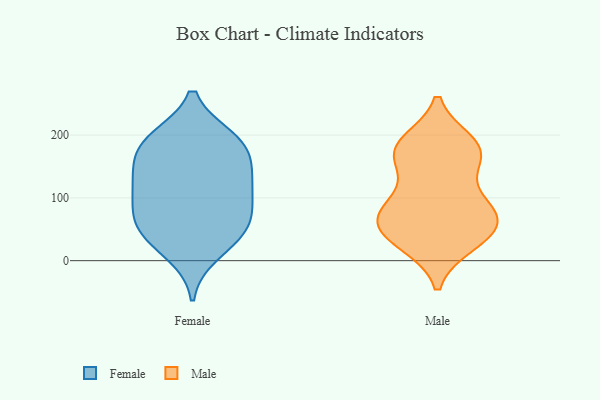
{"axis": {"x": "Production Output", "y": "Value"}, "legend": ["Female", "Male"], "data": [{"x": "", "y": 190, "type": "Female"}, {"x": "", "y": 130, "type": "Female"}, {"x": "", "y": 124, "type": "Female"}, {"x": "", "y": 12, "type": "Female"}, {"x": "", "y": 66, "type": "Female"}, {"x": "", "y": 154, "type": "Female"}, {"x": "", "y": 194, "type": "Female"}, {"x": "", "y": 86, "type": "Female"}, {"x": "", "y": 128, "type": "Female"}, {"x": "", "y": 55, "type": "Female"}, {"x": "", "y": 188, "type": "Female"}, {"x": "", "y": 94, "type": "Female"}, {"x": "", "y": 183, "type": "Female"}, {"x": "", "y": 40, "type": "Female"}, {"x": "", "y": 44, "type": "Female"}, {"x": "", "y": 181, "type": "Male"}, {"x": "", "y": 68, "type": "Male"}, {"x": "", "y": 180, "type": "Male"}, {"x": "", "y": 42, "type": "Male"}, {"x": "", "y": 60, "type": "Male"}, {"x": "", "y": 177, "type": "Male"}, {"x": "", "y": 152, "type": "Male"}, {"x": "", "y": 164, "type": "Male"}, {"x": "", "y": 188, "type": "Male"}, {"x": "", "y": 27, "type": "Male"}, {"x": "", "y": 71, "type": "Male"}, {"x": "", "y": 102, "type": "Male"}, {"x": "", "y": 49, "type": "Male"}, {"x": "", "y": 86, "type": "Male"}, {"x": "", "y": 27, "type": "Male"}, {"x": "", "y": 83, "type": "Male"}]}